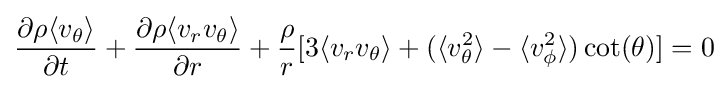
{\partial \rho \langle v_{\theta }\rangle  \over \partial t}+{\partial \rho \langle v_{r}v_{\theta }\rangle  \over \partial r}+{\rho  \over r}[3\langle v_{r}v_{\theta }\rangle +(\langle v_{\theta }^{2}\rangle -\langle v_{\phi }^{2}\rangle )\cot(\theta )]=0